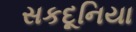
સકદૂનિયા